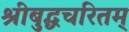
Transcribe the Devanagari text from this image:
श्रीबुद्धचरितम्